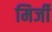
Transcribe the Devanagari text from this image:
मिर्जी